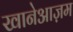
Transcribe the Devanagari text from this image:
खानेआज़म